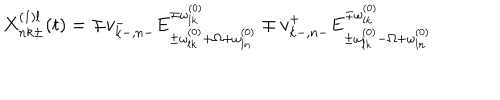
X _ { n k \pm } ^ { ( 1 ) l } ( t ) = \mp v _ { k - , n - } ^ { - } E _ { \pm \omega _ { l k } ^ { ( 0 ) } + \Omega + \omega _ { l n } ^ { ( 0 ) } } ^ { \mp \omega _ { l k } ^ { ( 0 ) } } \mp v _ { k - , n - } ^ { + } E _ { \pm \omega _ { l k } ^ { ( 0 ) } - \Omega + \omega _ { l n } ^ { ( 0 ) } } ^ { \mp \omega _ { l k } ^ { ( 0 ) } }